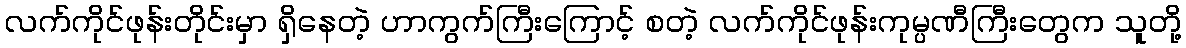
လက်ကိုင်ဖုန်းတိုင်းမှာ ရှိနေတဲ့ ဟာကွက်ကြီးကြောင့် စတဲ့ လက်ကိုင်ဖုန်းကုမ္ပဏီကြီးတွေက သူတို့